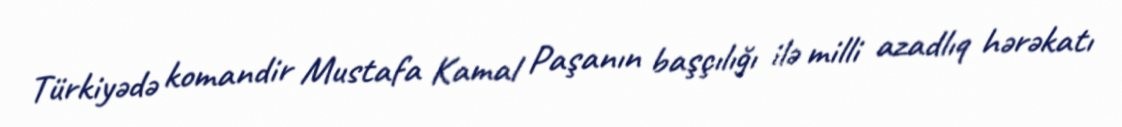
Türkiyədə komandir Mustafa Kamal Paşanın başçılığı ilə milli azadlıq hərəkatı